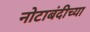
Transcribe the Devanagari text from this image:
नोटाबंदीच्या